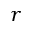
r